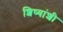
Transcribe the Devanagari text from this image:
शिष्यांशी